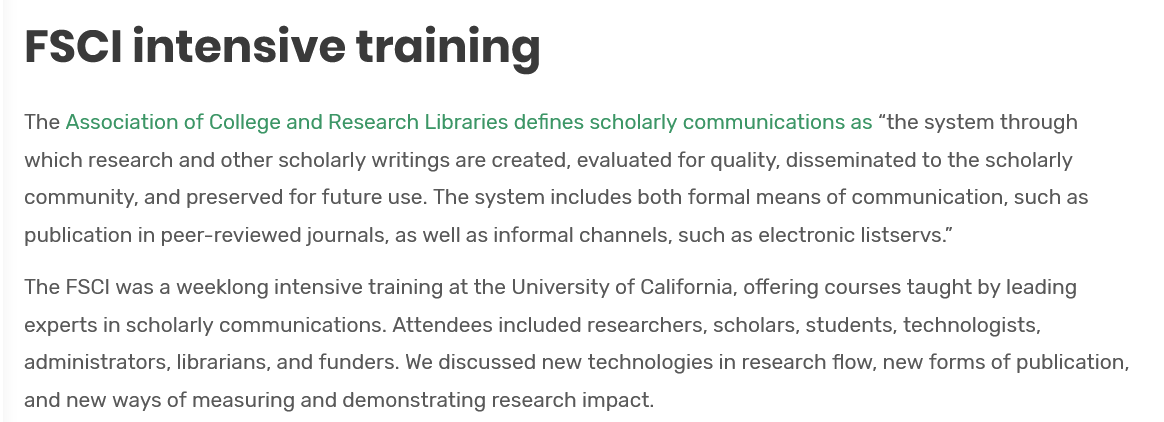
FSCl    intensive    training
   The Association of College and Research Libraries defines scholarly communications as “the system through
   which research and other scholarly writings are created, evaluated for quality, disseminated to the scholarly
   community, and preserved for future use. The system includes both formal means of communication, such as
   publication in peer-reviewed journals, as well as informal channels, such as electronic listservs.”
   The FSCI was a weeklong intensive training at the University of California, offering courses taught by leading
   experts in scholarly communications. Attendees included researchers, scholars, students, technologists,
   administrators, librarians, and funders. We discussed new technologies in research flow, new forms of publication,
   and new ways of measuring and demonstrating research impact.